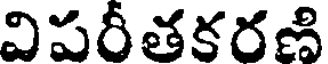
విపరీతకరణి